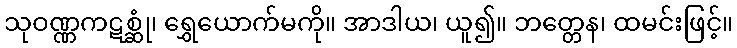
သုဝဏ္ဏကဋစ္ဆုံ၊ ရွှေယောက်မကို။ အာဒါယ၊ ယူ၍။ ဘတ္တေန၊ ထမင်းဖြင့်။